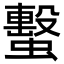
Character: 蟿